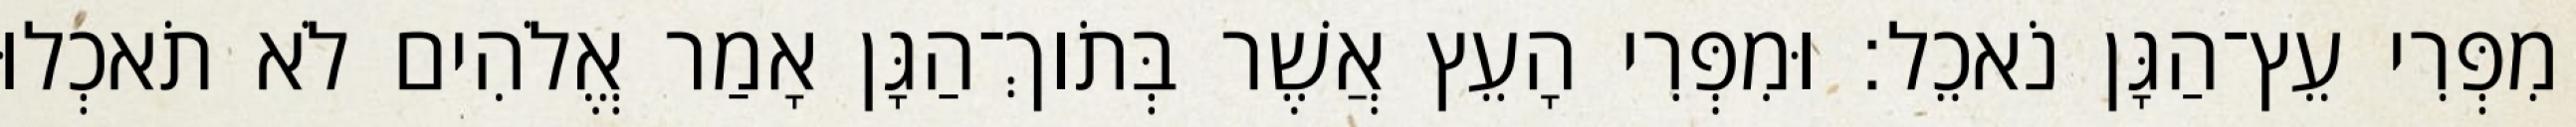
מִפְּרִי עֵץ־הַגָּן נֹאכֵל׃ וּמִפְּרִי הָעֵץ אֲשֶׁר בְּתֹוךְ־הַגָּן אָמַר אֱלֹהִים לֹא תֹאכְלוּ